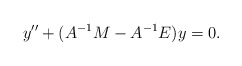
\begin{align*} y''+(A^{-1}M-A^{-1}E)y=0.\end{align*}